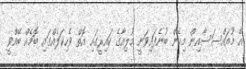
އެ މުއައްސަސާއިން މިހެން ބުނެފައިވަނީ މުލިއާގެ ކައިރީގައި އޮތް ވެހިކަލެއްގައި ބޮމެއް ބޭއްވީ